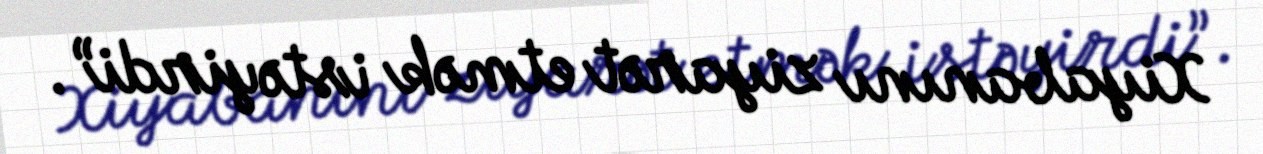
Xiyabanını ziyarət etmək istəyirdi”.